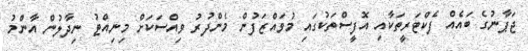
ޖަޕާނުގެ ބައެއް ފެކްޓަރީތަކާއި އޮފީސްތަކުގައި މުވައްޒަފުން މެންދުރު ވިއްސަކަށް މިނިއްޓު ނިދާލުން އާންމު